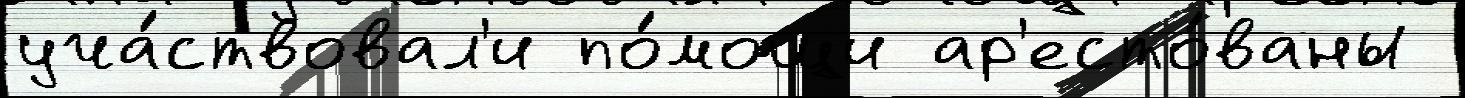
уча́ствовал'и по́мощи ар'есто́ваны